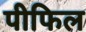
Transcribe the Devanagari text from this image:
पीफिल